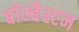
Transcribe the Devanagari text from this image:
बॉम्बैस्टम